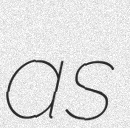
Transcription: as